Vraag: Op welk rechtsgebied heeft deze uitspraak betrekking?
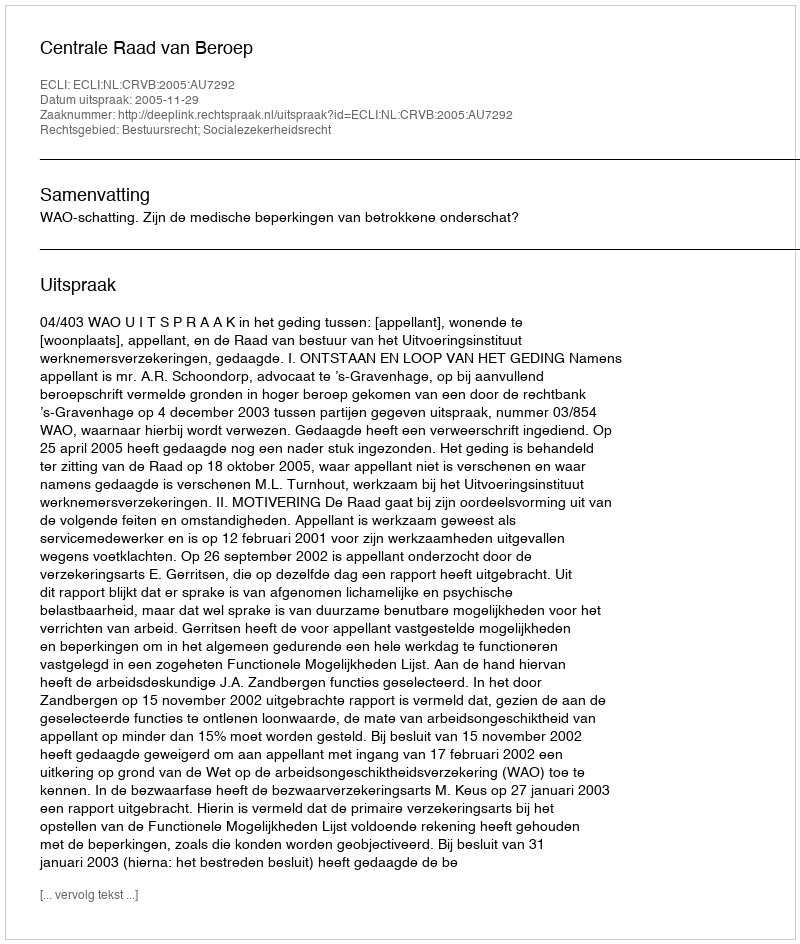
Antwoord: Bestuursrecht; Socialezekerheidsrecht